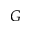
G